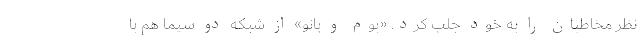
نظر مخاطبان را به خود جلب کرد. «بوم و بانو» از شبکه دو سیما هم با